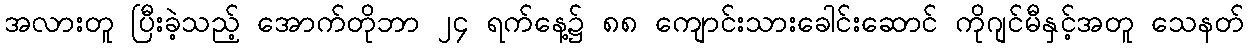
အလားတူ ပြီးခဲ့သည့် အောက်တိုဘာ ၂၄ ရက်နေ့၌ ၈၈ ကျောင်းသားခေါင်းဆောင် ကိုဂျင်မီနှင့်အတူ သေနတ်